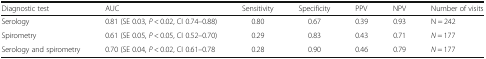
<table><thead><tr><td><b>Diagnostic test</b></td><td><b>AUC</b></td><td><b>Sensitivity</b></td><td><b>Specificity</b></td><td><b>PPV</b></td><td><b>NPV</b></td><td><b>Number of visits</b></td></tr></thead><tbody><tr><td>Serology</td><td>0.81 (SE 0.03, <i>P</i> &lt; 0.02, CI 0.74–0.88)</td><td>0.80</td><td>0.67</td><td>0.39</td><td>0.93</td><td>N = 242</td></tr><tr><td>Spirometry</td><td>0.61 (SE 0.05, <i>P</i> &lt; 0.05, CI 0.52–0.70)</td><td>0.29</td><td>0.83</td><td>0.43</td><td>0.71</td><td><i>N</i> = 177</td></tr><tr><td>Serology and spirometry</td><td>0.70 (SE 0.04, <i>P</i> &lt; 0.02, CI 0.61–0.78</td><td>0.28</td><td>0.90</td><td>0.46</td><td>0.79</td><td><i>N</i> = 177</td></tr></tbody></table>